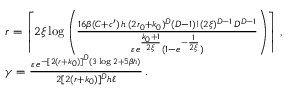
\begin{array} { r l } & { r = \left\lceil 2 \xi \log \left( \frac { 1 6 \beta ( C + c ^ { \prime } ) \, h \, ( 2 r _ { 0 } + k _ { 0 } ) ^ { D } ( D - 1 ) ! ( 2 \xi ) ^ { D - 1 } \, D ^ { D - 1 } } { \varepsilon \, e ^ { \frac { k _ { 0 } + 1 } { 2 \xi } } ( 1 - e ^ { - \frac { 1 } { 2 \xi } } ) } \right) \right\rceil \, , } \\ & { \gamma = \frac { \varepsilon \, e ^ { - [ 2 ( r + k _ { 0 } ) ] ^ { D } ( 3 \log 2 + 5 \beta h ) } } { 2 [ 2 ( r + k _ { 0 } ) ] ^ { D } h \ell } \, . } \end{array}